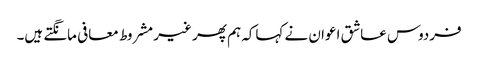
فردوس عاشق اعوان نے کہاکہ ہم پھر غیر مشروط معافی مانگتے ہیں۔